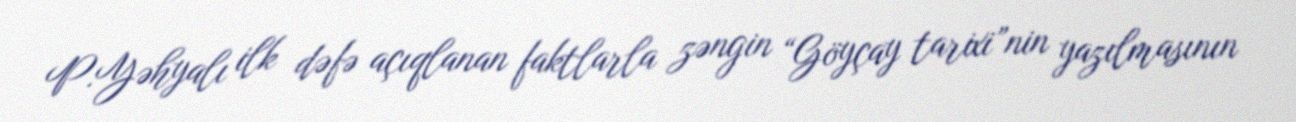
P.Yəhyalı ilk dəfə açıqlanan faktlarla zəngin “Göyçay tarixi”nin yazılmasının